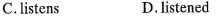
C.listens D.listened